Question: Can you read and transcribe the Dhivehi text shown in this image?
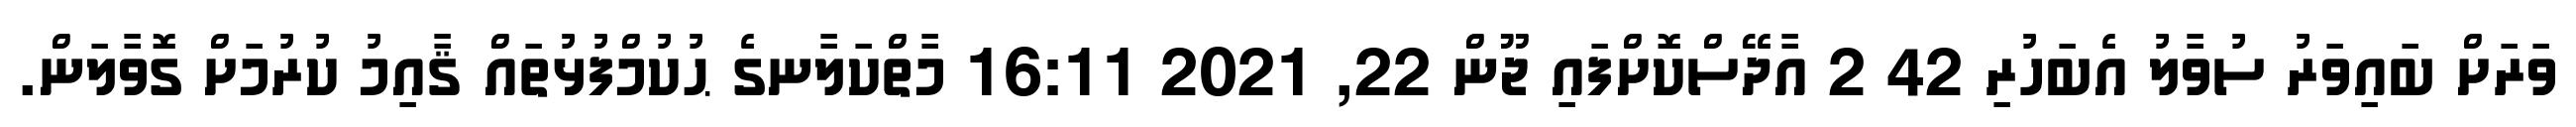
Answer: ވަރަށް ބައިވަރު ސުވާލު އެބަހުރި 42 2 އާދޭސްކޮށްފައި ޖޫން 22, 2021 16:11 މާތްކަލާނގެ ޙުކުމްފުޅުތައް ޤާއިމު ކުރުމަށް ގޮވާލަން.